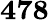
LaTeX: \boldsymbol{478}